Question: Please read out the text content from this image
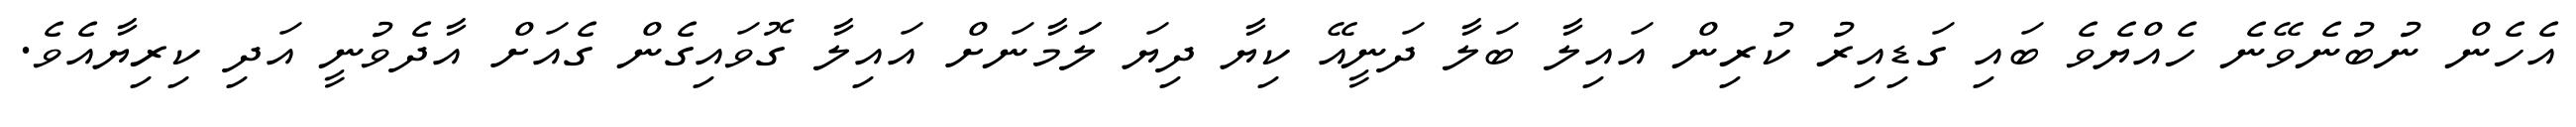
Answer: އެހެން ނުބުނެވޭނެ ހެއްޔެވެ ބައި ގަޑިއިރު ކުރިން އައިލާ ބަލާ ދަނީއޭ ކިޔާ ދިޔަ ލަަމާނަށް އައިލާ ގޮވައިގެން ގެއަށް އާދެވުނީ އަދި ކިރިޔާއެވެ.